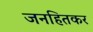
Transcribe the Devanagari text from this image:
जनहितकर